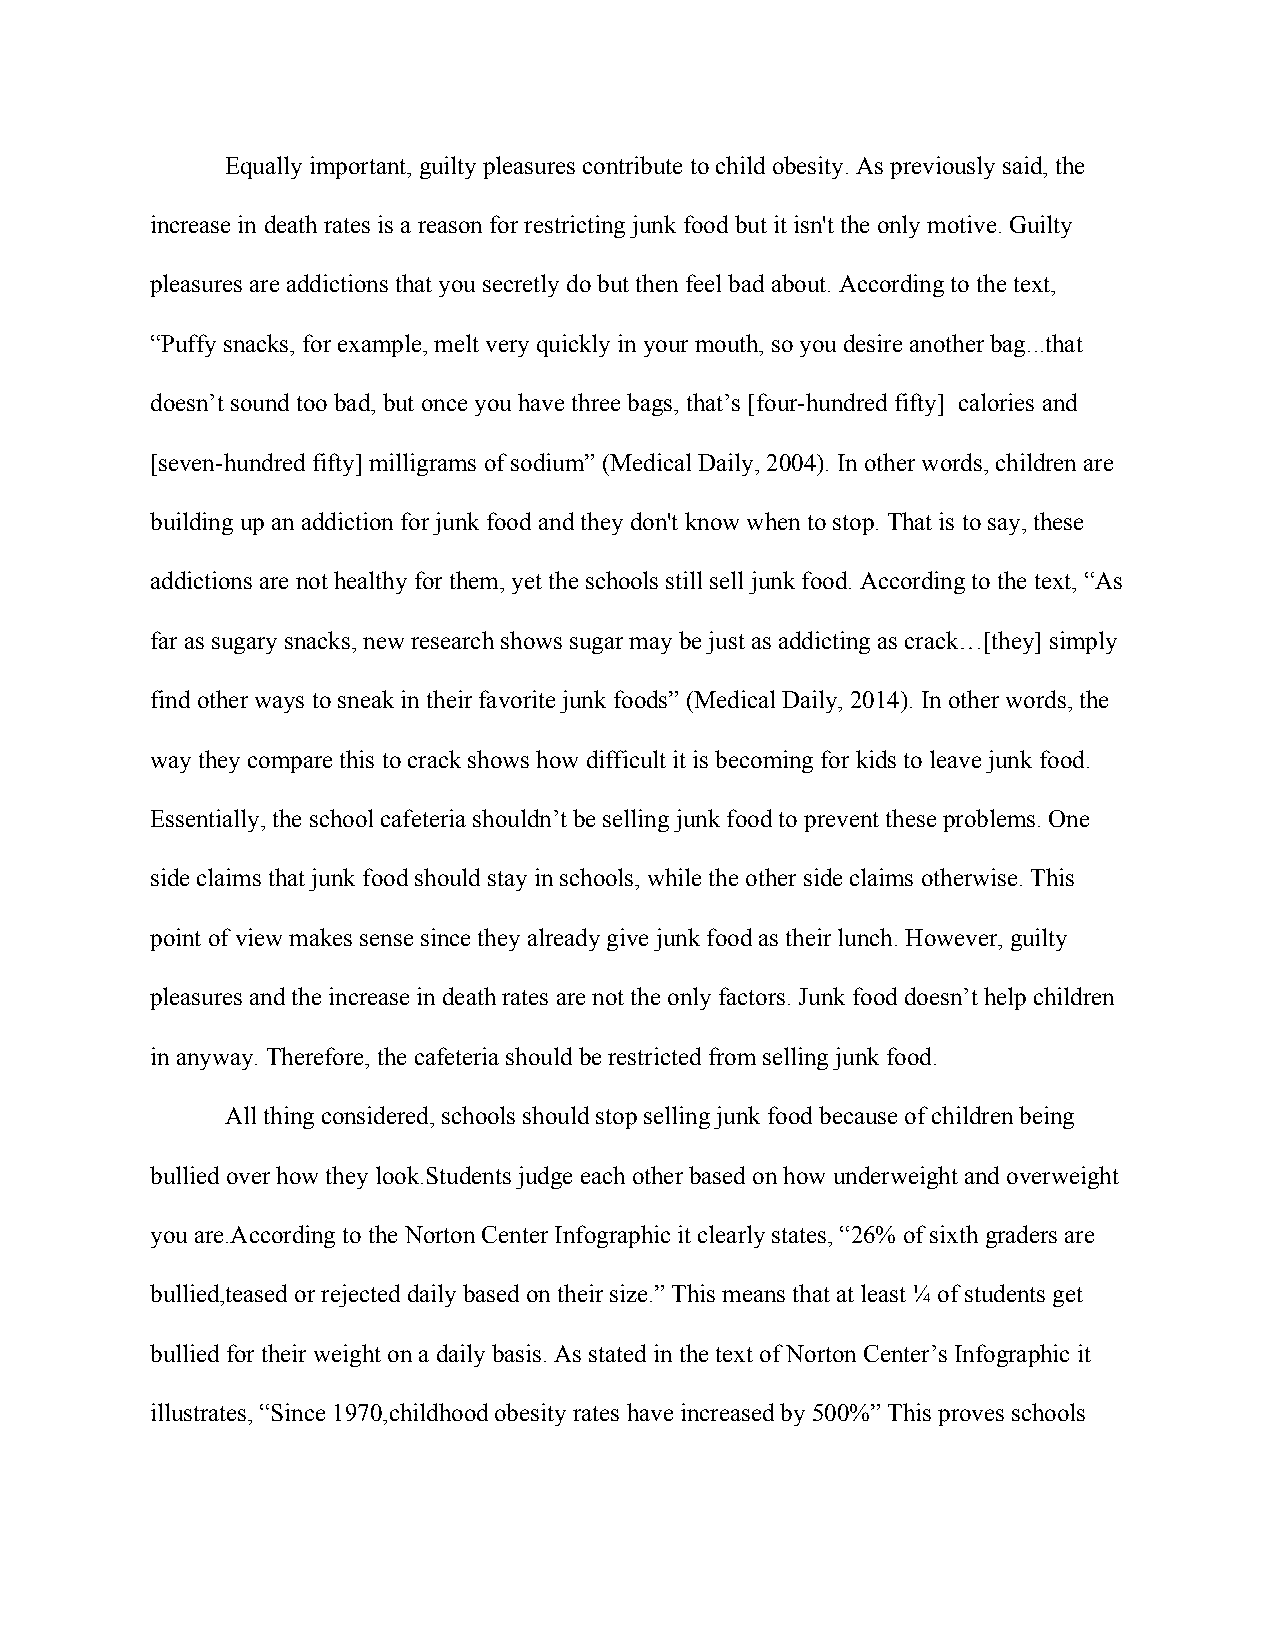
Equally important, guilty pleasures contribute to child obesity. As previously said, the
 increase in death rates is a reason for restricting junk food but it isn't the only motive. Guilty
 pleasures are addictions that you secretly do but then feel bad about. According to the text,
 “Puffy snacks, for example, melt very quickly in your mouth, so you desire another bag...that
 doesn’t sound too bad, but once you have three bags, that’s [four-hundred fifty] calories and
 [seven-hundred fifty] milligrams of sodium” (Medical Daily, 2004). In other words, children are
 building up an addiction for junk food and they don't know when to stop. That is to say, these
 addictions are not healthy for them, yet the schools still sell junk food. According to the text, “As
 far as sugary snacks, new research shows sugar may be just as addicting as crack…[they] simply
 find other ways to sneak in their favorite junk foods” (Medical Daily, 2014). In other words, the
 way they compare this to crack shows how difficult it is becoming for kids to leave junk food.
 Essentially, the school cafeteria shouldn’t be selling junk food to prevent these problems. One
 side claims that junk food should stay in schools, while the other side claims otherwise. This
 point of view makes sense since they already give junk food as their lunch. However, guilty
 pleasures and the increase in death rates are not the only factors. Junk food doesn’t help children
 in anyway. Therefore, the cafeteria should be restricted from selling junk food.
 All thing considered, schools should stop selling junk food because of children being
 bullied over how they look.Students judge each other based on how underweight and overweight
 you are.According to the Norton Center Infographic it clearly states, “26% of sixth graders are
 bullied,teased or rejected daily based on their size.” This means that at least ¼ of students get
 bullied for their weight on a daily basis. As stated in the text of Norton Center’s Infographic it
 illustrates, “Since 1970,childhood obesity rates have increased by 500%” This proves schools